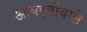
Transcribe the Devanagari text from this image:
आवर्तोंवाले